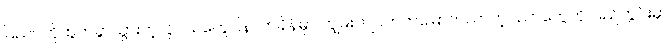
ပြည်ပကိုထွက်ခွာသွားတဲ့လူငယ်တွေပြန်လာချိန်မှာ ကျွမ်းကျင်တတ်မြောက်လာတဲ့ပညာတွေကို ပြည်တွင်းမှာ